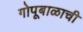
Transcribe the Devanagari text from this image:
गोपूबाळाची